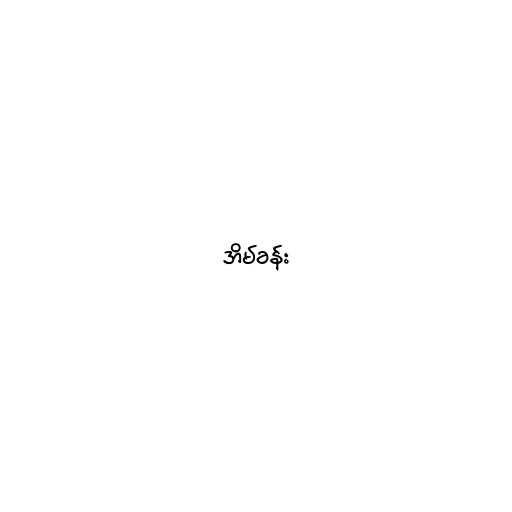
အိမ်ခန်း